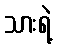
သားရဲ့